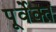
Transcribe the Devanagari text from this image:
पूर्वेक्त